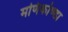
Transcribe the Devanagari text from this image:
मणिकोण्डा